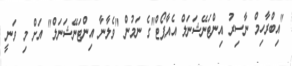
"އިބްރާހިމް ނާސިރު އިންޓަނޭޝަނަލް އެއާޕޯޓް"ގެ ނަމުން "ވެލާނާ އިންޓަނޭޝަނަލް" އަށް މި ވަނީ